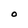
Character: O